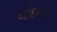
ચોદનાર